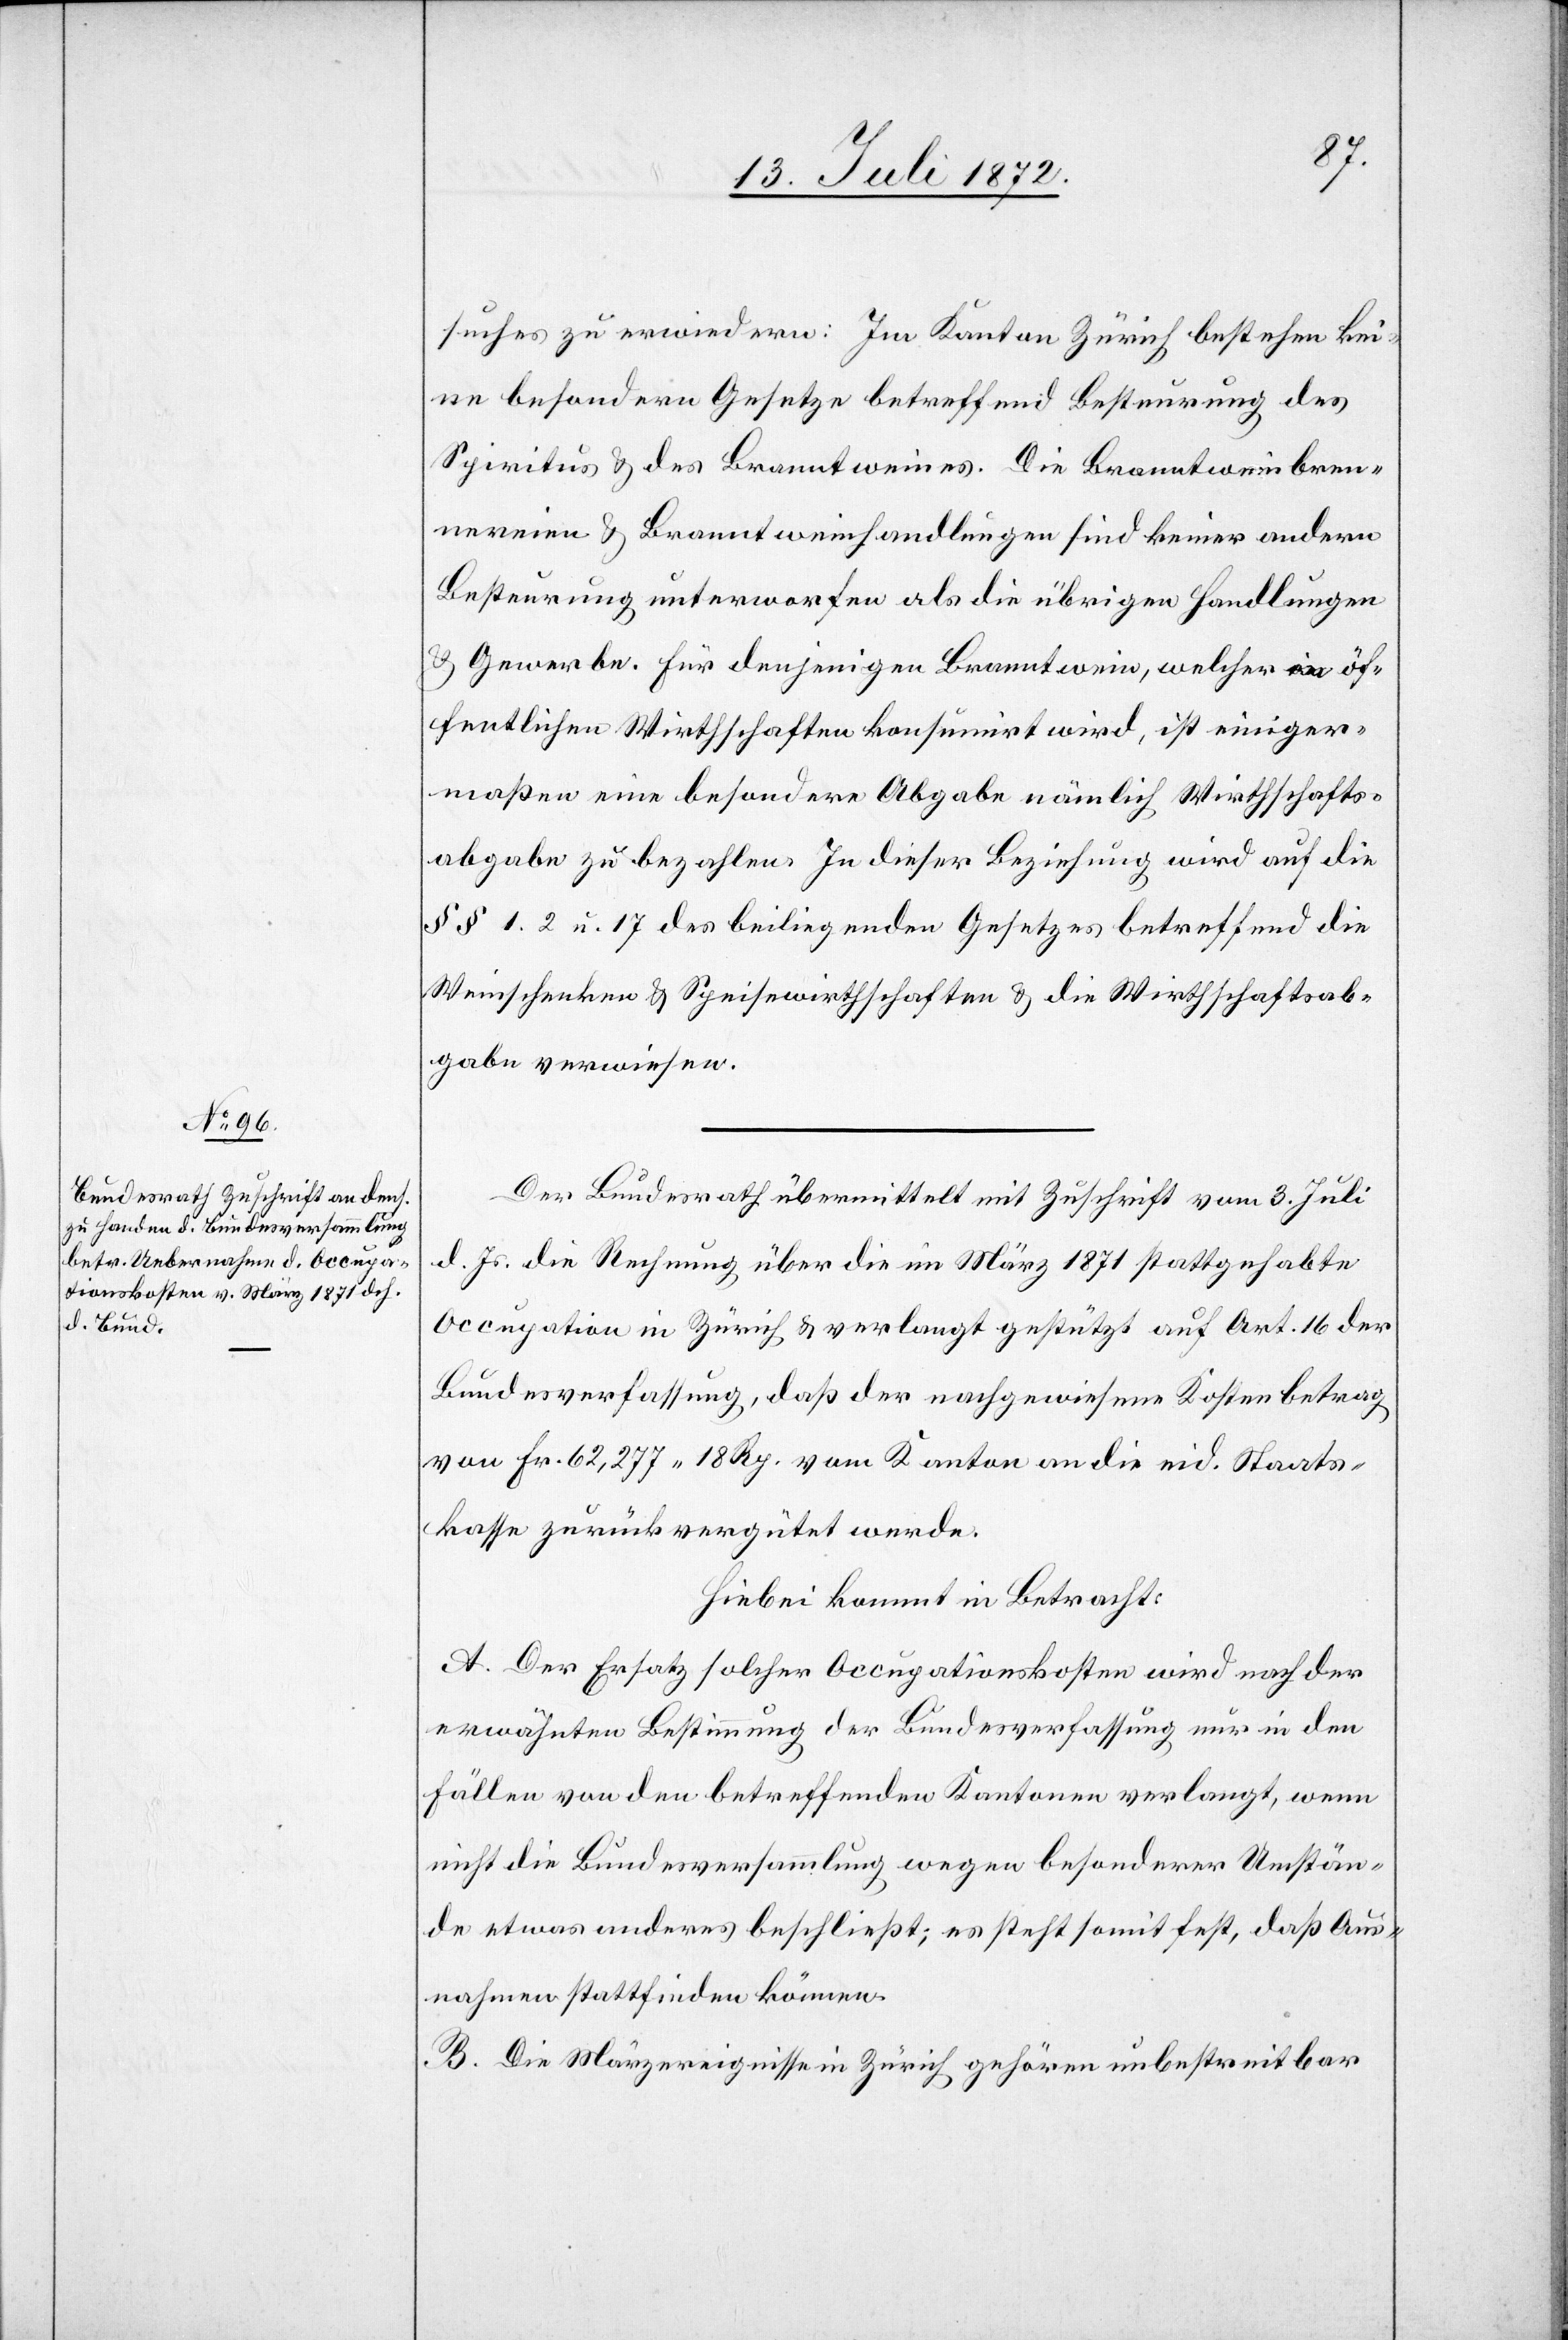
suches zu erwiedern: Im Kanton Zürich bestehen kei¬
ne besondern Gesetze betreffend Besteurung des
Spiritus u. des Branntweines. Die Branntweinbren¬
nereien u. Branntweinhandlungen sind keiner andern
Besteurung unterworfen als die übrigen Handlungen
u. Gewerbe. Für denjenigen Branntwein, welcher in öf¬
fentlichen Wirthschaften konsumirt wird, ist einiger¬
maßen eine besondere Abgabe nämlich Wirthschafts¬
abgabe zu bezahlen. In dieser Beziehung wird auf die
§§ 1. 2. u. 17 des beiliegenden Gesetzes betreffend die
Weinschenken u. Speisewirthschaften u. die Wirthschaftsab¬
gabe verwiesen.
Der Bundesrath übermittelt mit Zuschrift vom 3. Juli
d. Js. die Rechnung über die im März 1871 stattgehabte
Occupation in Zürich u. verlangt gestützt auf Art. 16 der
Bundesverfassung, daß der nachgewiesene Kostenbetrag
von Fr. 62,277 18 Rp. vom Kanton an die eid. Staats¬
kasse zurückvergütet werde.
Hiebei kommt in Betracht:
A. Der Ersatz solcher Occupationskosten wird nach der
erwähnten Bestimmung der Bundesverfassung nur in den
Fällen von den betreffenden Kantonen verlangt, wenn
nicht die Bundesversammlung wegen besonderer Umstän¬
de etwas anderes beschließt; es steht somit fest, daß Aus¬
nahmen stattfinden können.
B. Die Märzereignisse in Zürich gehören unbestreitbar